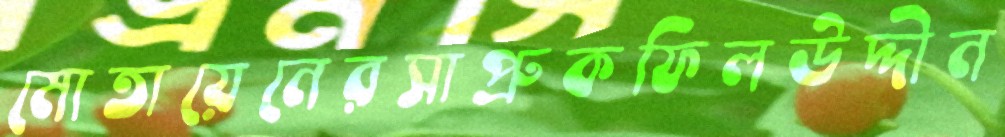
মোতায়েনেরসাপ্রুকফিলউদ্দীন